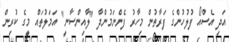
އަދި އެސްއޯ ފުލުހުންގެ ފަރާތުން މިހާރު ފެންނަމުންދާ "ލާއިންސާނީ" އަމަލުތައް މީގެ ކުރިން